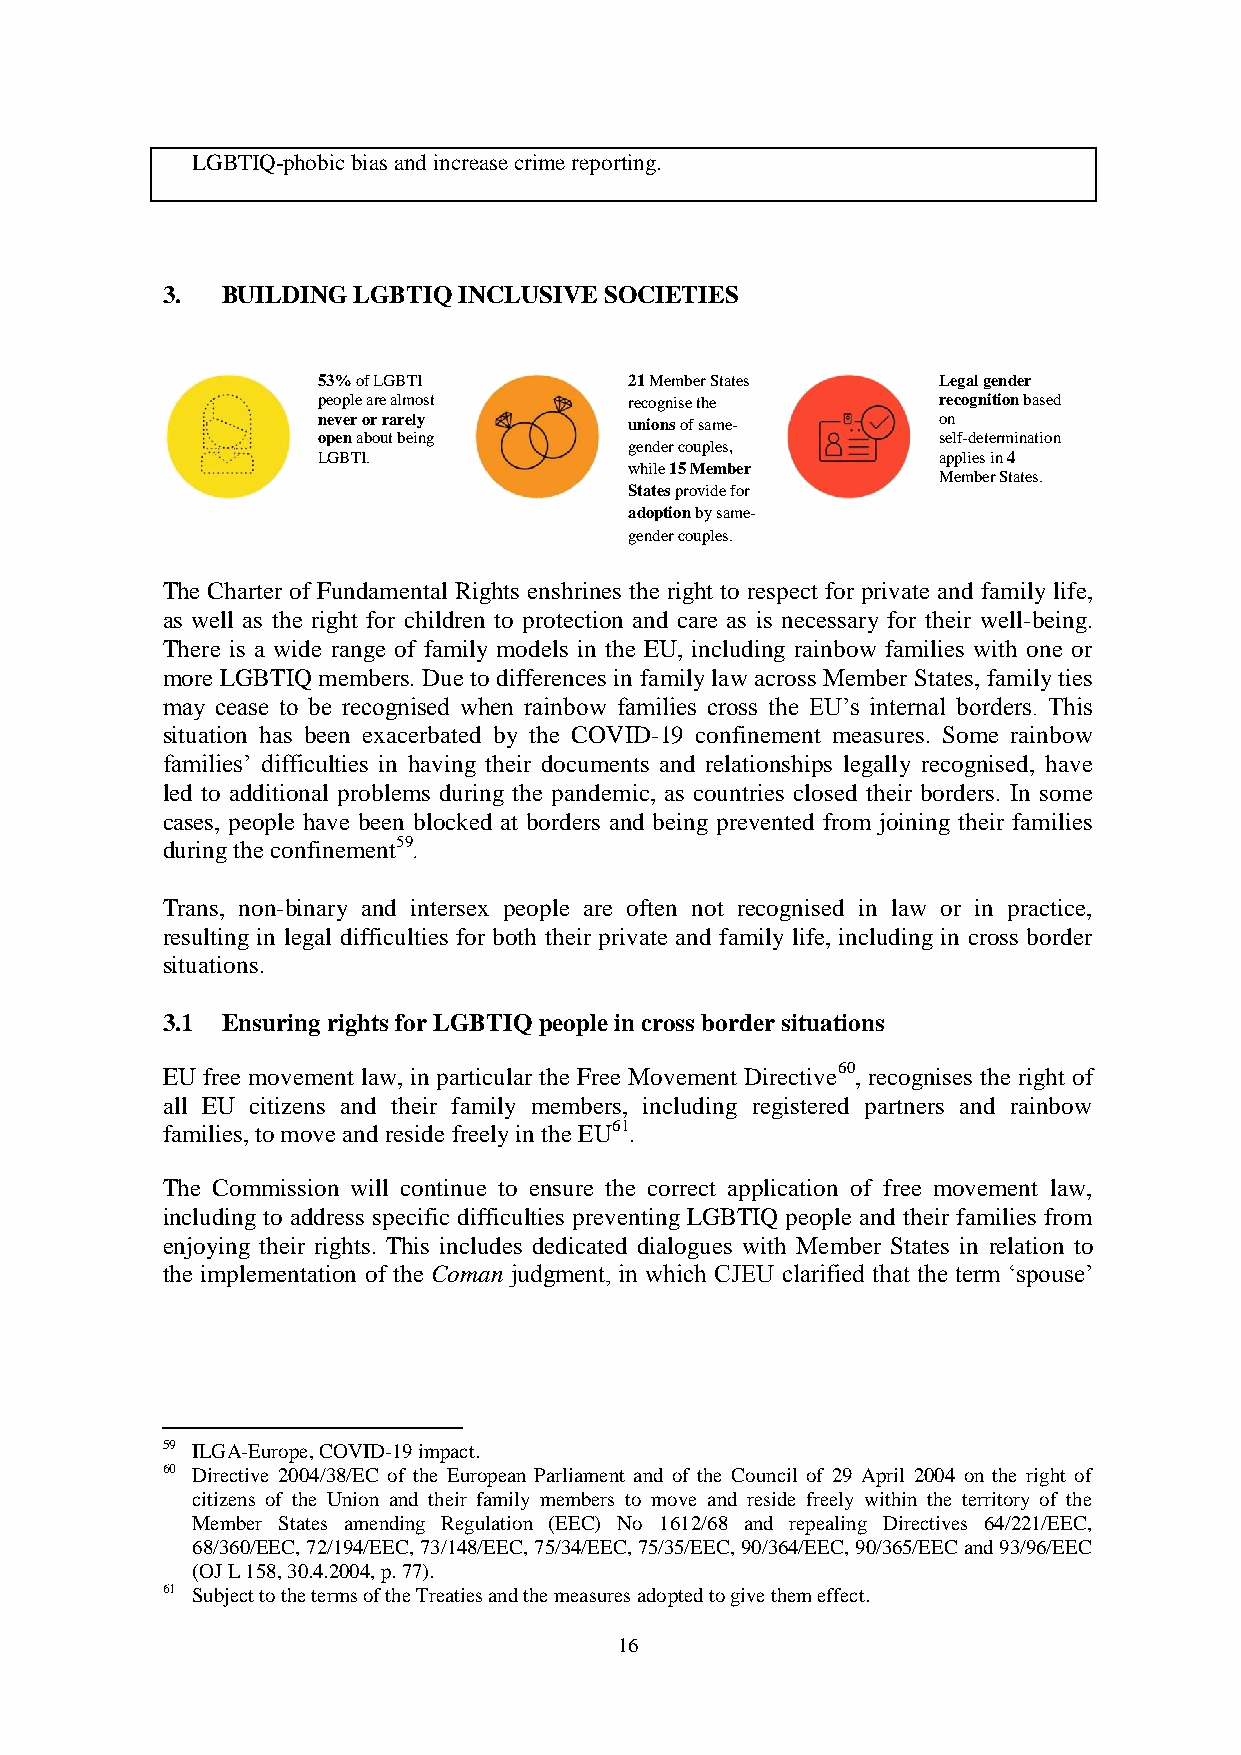
LGBTIQ-phobic bias and increase crime reporting.
 3.  BUILDING LGBTIQ INCLUSIVE SOCIETIES
 53% of LGBTI         21 Member States    Legal gender
 people are almost    recognise the       recognition based
 never or rarely      unions of same-     on
 open about being                         self-determination
 gender couples,
 LGBTI.                                   applies in 4
 while 15 Member
 Member States.
 States provide for
 adoption by same-
 gender couples.
 The Charter of Fundamental Rights enshrines the right to respect for private and family life,
 as well as the right for children to protection and care as is necessary for their well-being.
 There is a wide range of family models in the EU, including rainbow families with one or
 more LGBTIQ members. Due to differences in family law across Member States, family ties
 may cease to be recognised when rainbow families cross the EU’s internal borders. This
 situation has been exacerbated by the COVID-19 confinement measures. Some rainbow
 families’ difficulties in having their documents and relationships legally recognised, have
 led to additional problems during the pandemic, as countries closed their borders. In some
 cases, people have been blocked at borders and being prevented from joining their families
 during the confinement59 .
 Trans, non-binary and intersex people are often not recognised in law or in practice,
 resulting in legal difficulties for both their private and family life, including in cross border
 situations.
 3.1 Ensuring rights for LGBTIQ people in cross border situations
 EU free movement law, in particular the Free Movement Directive60, recognises the right of
 all EU citizens and their family members, including registered partners and rainbow
 families, to move and reside freely in the EU61.
 The Commission will continue to ensure the correct application of free movement law,
 including to address specific difficulties preventing LGBTIQ people and their families from
 enjoying their rights. This includes dedicated dialogues with Member States in relation to
 the implementation of the Coman judgment, in which CJEU clarified that the term ‘spouse’
 59 ILGA-Europe, COVID-19 impact.
 60 Directive 2004/38/EC of the European Parliament and of the Council of 29 April 2004 on the right of
 citizens of the Union and their family members to move and reside freely within the territory of the
 Member States amending Regulation (EEC) No 1612/68 and repealing Directives 64/221/EEC,
 68/360/EEC, 72/194/EEC, 73/148/EEC, 75/34/EEC, 75/35/EEC, 90/364/EEC, 90/365/EEC and 93/96/EEC
 (OJ L 158, 30.4.2004, p. 77).
 61 Subject to the terms of the Treaties and the measures adopted to give them effect.
 16